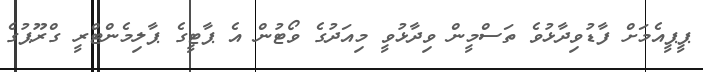
ޕީޕީއެމަށް ފާޑުވިދާޅުވެ ތަސްމީން ވިދާޅުވީ މިއަދުގެ ވޯޓުން އެ ޕާޓީގެ ޕާލިމެންޓްރީ ގްރޫޕުގެ